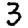
Digit: 3